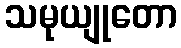
သမုယျုတော